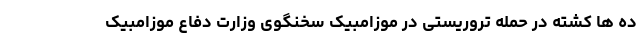
ده ها کشته در حمله تروریستی در موزامبیک سخنگوی وزارت دفاع موزامبیک